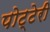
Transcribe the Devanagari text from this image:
पोट्टेरी